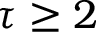
\tau \ge 2